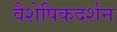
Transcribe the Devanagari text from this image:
वैशेषिकदर्शन